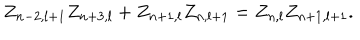
LaTeX: Z _ { n - 2 , l + 1 } Z _ { n + 3 , l } + Z _ { n + 1 , l } Z _ { n , l + 1 } = Z _ { n , l } Z _ { n + 1 , l + 1 } .